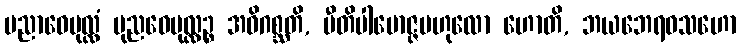
ပညာဝေပုလ္လံ ပုညဝေပုလ္လဉ္စ အဓိဂစ္ဆတိ, ပီတိပါမောဇ္ဇဗဟုလော ဟောတိ, ဘယဘေရဝသဟော